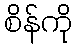
စိန်ကို